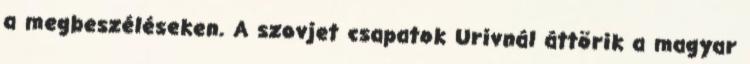
a megbeszéléseken. A szovjet csapatok Urivnál áttörik a magyar